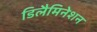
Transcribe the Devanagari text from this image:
डिलैमिनेशन